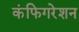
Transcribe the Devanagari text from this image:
कंफिगरेशन